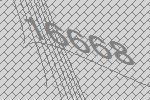
16668